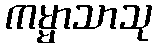
ကမ္မာသာသု